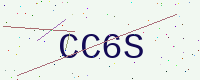
Text: CC6S